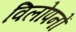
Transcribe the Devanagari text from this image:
विलोपनों